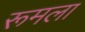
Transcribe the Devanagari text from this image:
रूमला